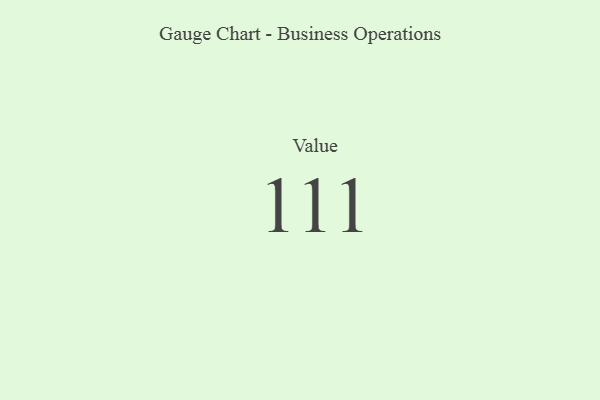
{"axis": {"x": "Metric", "y": "Value"}, "legend": [""], "data": [{"x": "Value", "y": 111, "type": ""}]}